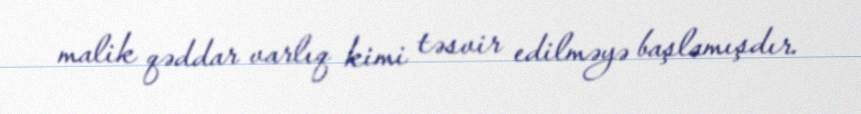
malik qəddar varlıq kimi təsvir edilməyə başlamışdır.